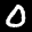
Label: 0